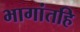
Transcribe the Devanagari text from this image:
भागांतहि